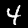
Digit: 4